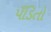
પઁડિતો